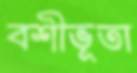
বশীভূতা